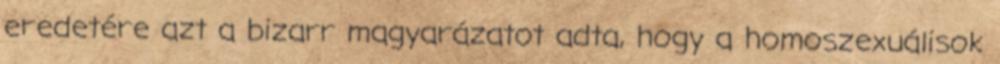
eredetére azt a bizarr magyarázatot adta, hogy a homoszexuálisok